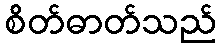
စိတ်ဓာတ်သည်